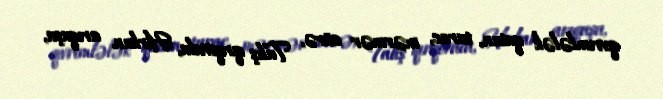
qıvrımlələk qutan, turac, mərmər cürə, Talış qırqovulu, Hirkan arıquşu,